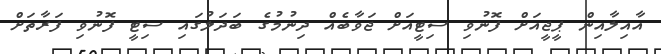
އާއިލާއިން ޕީޖީއަށް ފޮނުވި ސިޓީއަށް ޖަވާބެއް ދިނުމުގެ ބަދަލުގައި ސިޓީ ފޮނުވި ފަރާތަށް